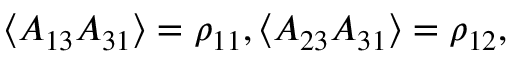
\left\langle A _ { 1 3 } A _ { 3 1 } \right\rangle = \rho _ { 1 1 } , \left\langle A _ { 2 3 } A _ { 3 1 } \right\rangle = \rho _ { 1 2 } ,